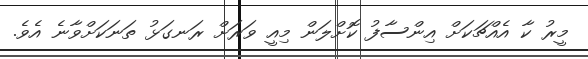
މީރު ކާ އެއްޗަކަށް އިންސާފު ކޮށްލަން މިއީ ވަރަށް ރަނގަޅު ތަނަކަށްވާނެ އެވެ.